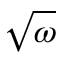
\sqrt { \omega }